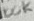
Text: 100K